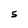
Character: S